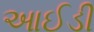
આઈડી